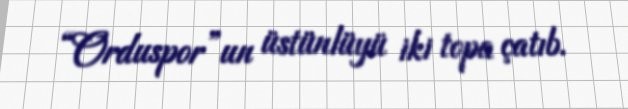
“Orduspor”un üstünlüyü iki topa çatıb.